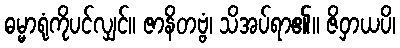
ဓမ္မာရုံကိုပင်လျှင်။ ဇာနိတဗ္ဗံ၊ သိအပ်ရာ၏။ ဇိဝှာယပိ၊